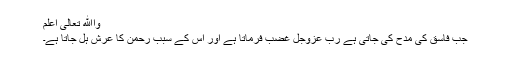
واﷲ تعالٰی اعلم
جب فاسق کی مدح کی جاتی ہے رب عزوجل غضب فرماتا ہے اور اس کے سبب رحمن کا عرش ہل جاتا ہے۔